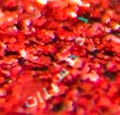
الخمسينات